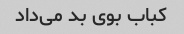
کباب بوی بد می‌داد